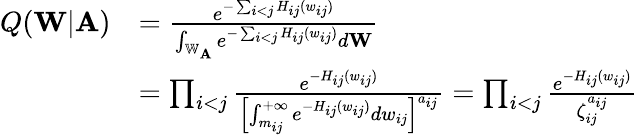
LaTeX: \begin{array}{rl}{Q(\mathbf{W}|\mathbf{A})}&{=\frac{e^{-\sum_{i<j}H_{ij}(w_{ij})}}{\int_{\mathbb{W}_{\mathbf{A}}}e^{-\sum_{i<j}H_{ij}(w_{ij})}d\mathbf{W}}}\\ &{=\prod_{i<j}\frac{e^{-H_{ij}(w_{ij})}}{\left[\int_{m_{ij}}^{+\infty}e^{-H_{ij}(w_{ij})}dw_{ij}\right]^{a_{ij}}}=\prod_{i<j}\frac{e^{-H_{ij}(w_{ij})}}{\zeta_{ij}^{a_{ij}}}}\end{array}